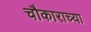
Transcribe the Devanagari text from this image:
चौकाराच्या